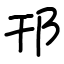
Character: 邗